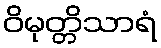
ဝိမုတ္တိသာရံ